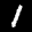
Label: 1